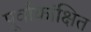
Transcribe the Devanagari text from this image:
पूर्वाकांक्षित